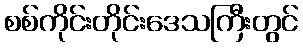
စစ်ကိုင်းတိုင်းဒေသကြီးတွင်